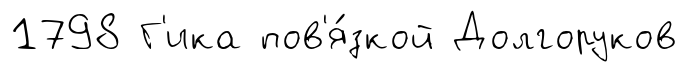
1798 Г'ика пов'я́зкой Долгоруков